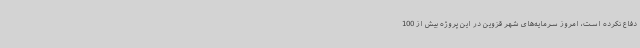
دفاع نکرده است، امروز سرمایه‌های شهر قزوین در این پروژه بیش از 100